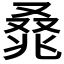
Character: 𰇃